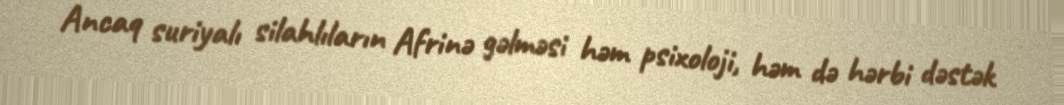
Ancaq suriyalı silahlıların Afrinə gəlməsi həm psixoloji, həm də hərbi dəstək